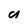
Character: a